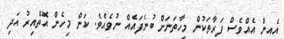
އެއިން އެއްވެސް ފަރާތަކުން މިހާތަނަށް ބުނެފައެއް ނުވެއެވެ. ކަން މިހެން އޮތްއިރު އަދި